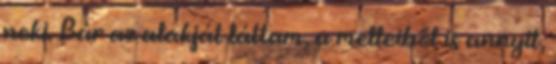
neki. Bár az alakját láttam, a melleiből is annyit,